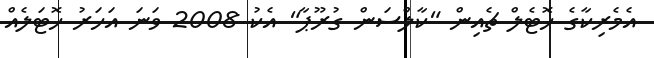
އެމެރިކާގެ ހޮޓެލް ޗެއިން "ކާލްސަން ގުރޫޕާ" އެކު 2008 ވަނަ އަހަރު ހޮޓަލެއް